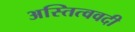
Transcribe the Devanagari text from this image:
अस्तित्ववदी